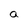
Character: a